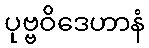
ပုဗ္ဗဝိဒေဟာနံ